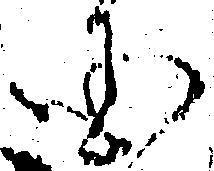
国